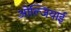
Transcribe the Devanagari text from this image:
ओल्जियाई